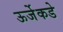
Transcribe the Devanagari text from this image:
ऊर्जेकडे